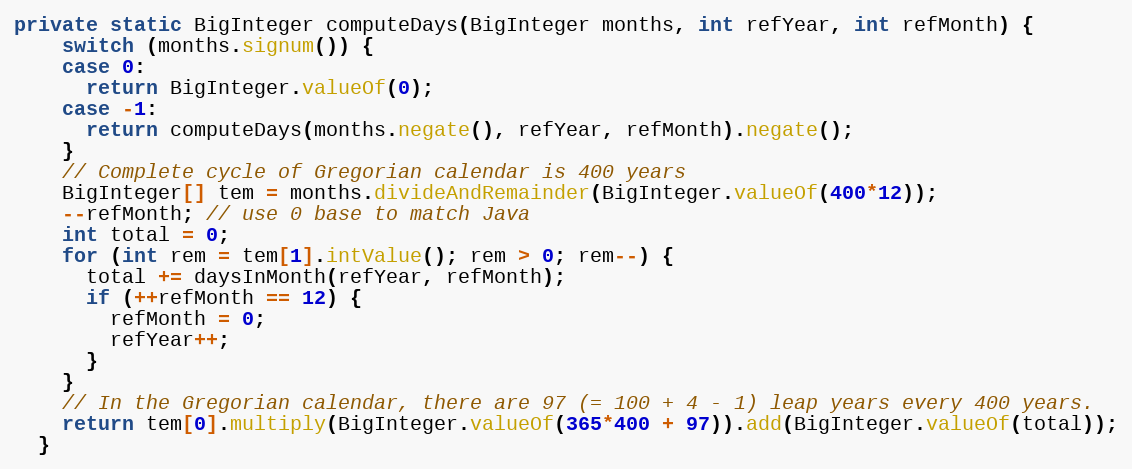
Language: Java
private static BigInteger computeDays(BigInteger months, int refYear, int refMonth) {
    switch (months.signum()) {
    case 0:
      return BigInteger.valueOf(0);
    case -1:
      return computeDays(months.negate(), refYear, refMonth).negate();
    }
    // Complete cycle of Gregorian calendar is 400 years
    BigInteger[] tem = months.divideAndRemainder(BigInteger.valueOf(400*12));
    --refMonth; // use 0 base to match Java
    int total = 0;
    for (int rem = tem[1].intValue(); rem > 0; rem--) {
      total += daysInMonth(refYear, refMonth);
      if (++refMonth == 12) {
        refMonth = 0;
        refYear++;
      }
    }
    // In the Gregorian calendar, there are 97 (= 100 + 4 - 1) leap years every 400 years.
    return tem[0].multiply(BigInteger.valueOf(365*400 + 97)).add(BigInteger.valueOf(total));
  }